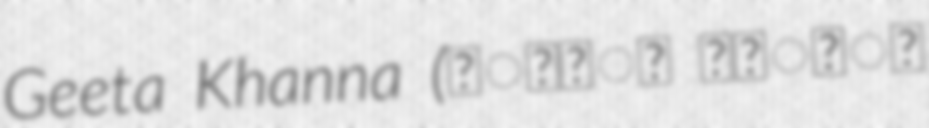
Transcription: Geeta Khanna (गीता खन्ना